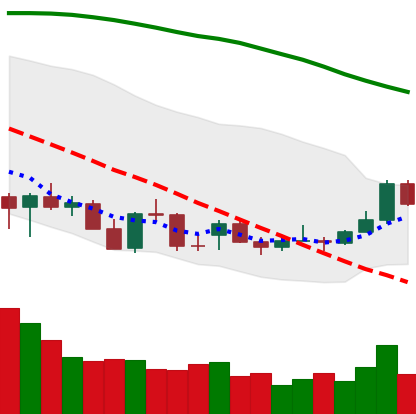
Ticker: ADA-USD
Chart end date: 2021-12-24
Forward return: -4.421%
Label: down_3_5